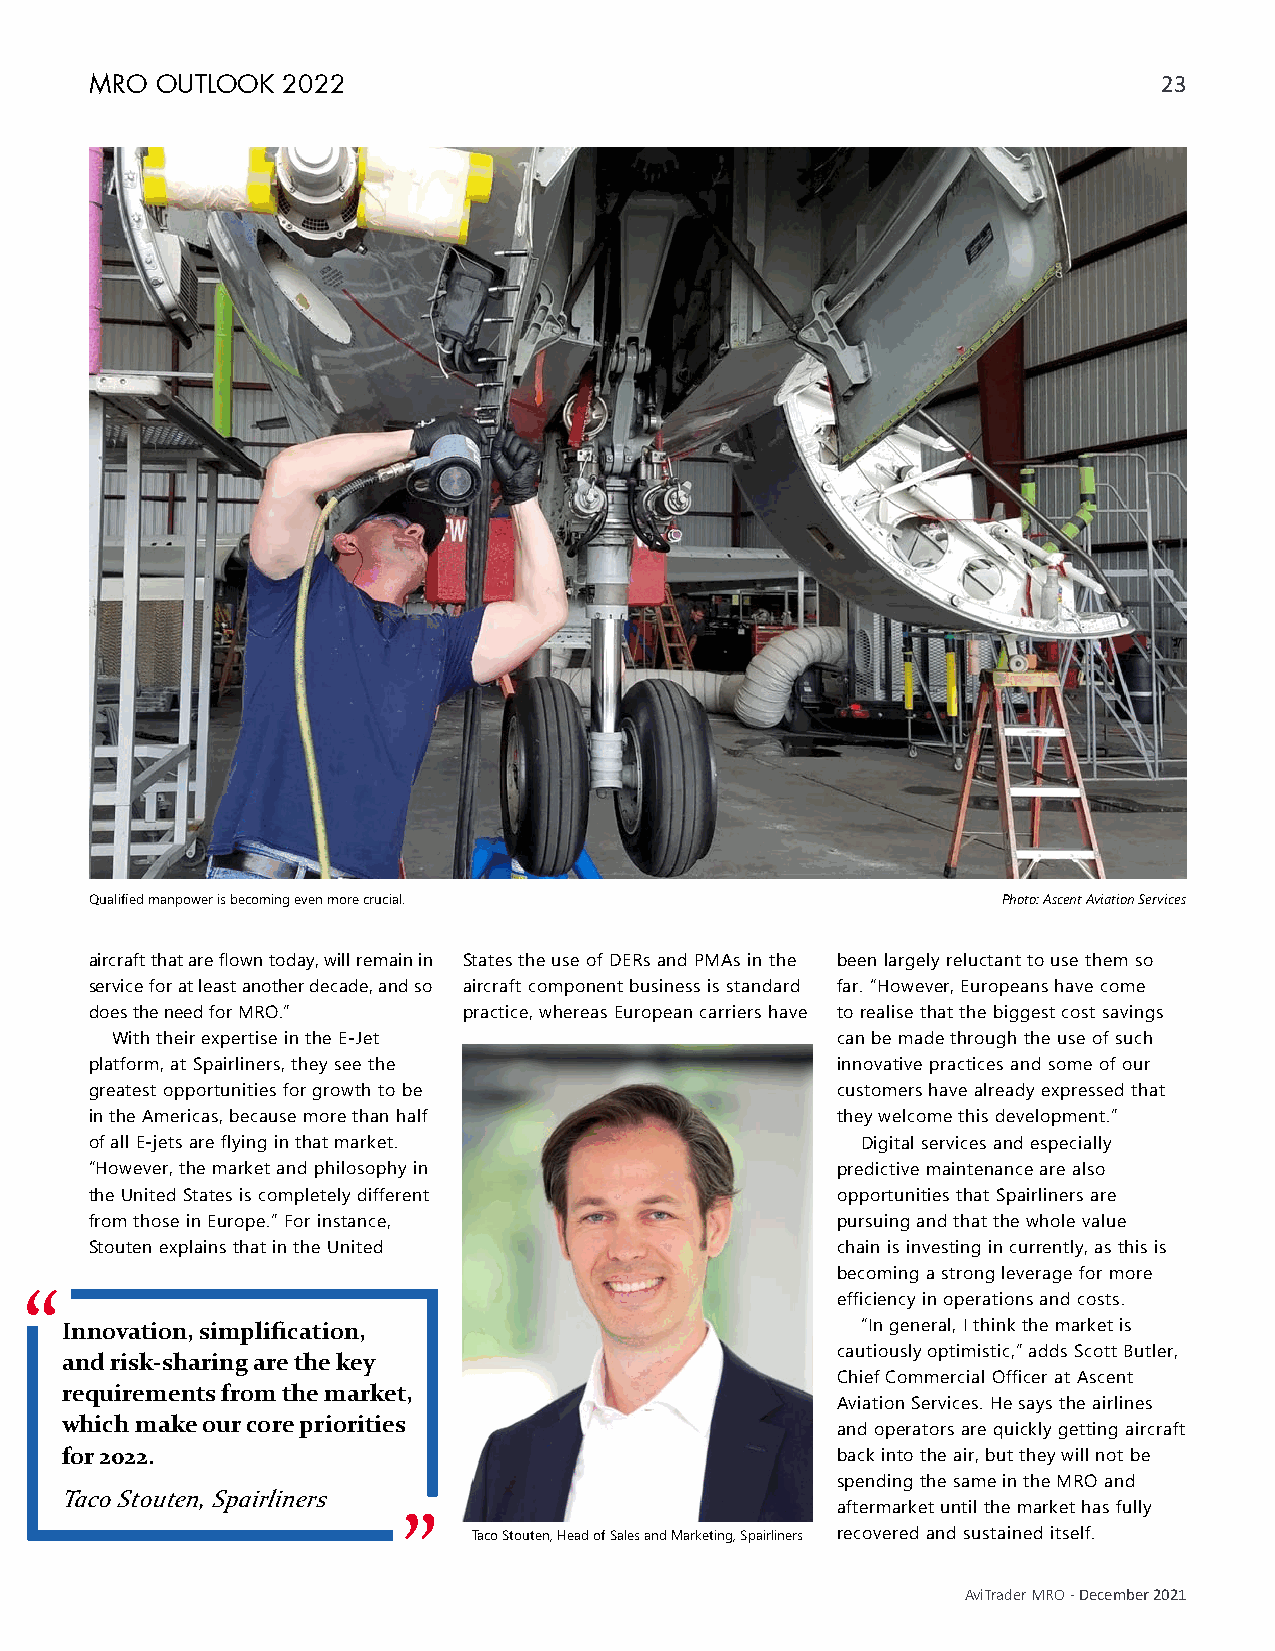
MRo outLook  2022                                                      23
 Qualified manpower is becoming even more crucial.           Photo: Ascent Aviation Services
 aircraft that are flown today, will remain in States the use of DERs and PMAs in the been largely reluctant to use them so
 service for at least another decade, and so aircraft component business is standard far. “However, Europeans have come
 does the need for MRO.”  practice, whereas European carriers have to realise that the biggest cost savings
 With their expertise in the E-Jet               can be made through the use of such
 platform, at Spairliners, they see the           innovative practices and some of our
 greatest opportunities for growth to be          customers have already expressed that
 in the Americas, because more than half          they welcome this development.”
 of all E-jets are flying in that market.           Digital services and especially
 “However, the market and philosophy in           predictive maintenance are also
 the United States is completely different        opportunities that Spairliners are
 from those in Europe.” For instance,             pursuing and that the whole value
 Stouten explains that in the United              chain is investing in currently, as this is
 becoming a strong leverage for more
 “                                                    efficiency in operations and costs.
 Innovation, simplification,                          “In general, I think the market is
 and risk-sharing are the key                       cautiously optimistic,” adds Scott Butler,
 Chief Commercial Officer at Ascent
 requirements from the market,
 Aviation Services. He says the airlines
 which make our core priorities
 and operators are quickly getting aircraft
 for 2022.                                          back into the air, but they will not be
 spending the same in the MRO and
 Taco Stouten, Spairliners
 aftermarket until the market has fully
 ”
 Taco Stouten, Head of Sales and Marketing, Spairliners recovered and sustained itself.
 AviTrader MRO - December 2021